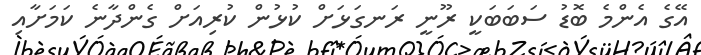
އޭގެ އެންމެ ބޮޑު ސަބަބަކީ ރޫނީ ރަނގަޅަށް ކުޅުން ކުރިއަށް ގެންދާނެ ކަމަށާއި